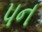
પન